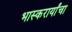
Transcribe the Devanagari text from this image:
भास्करार्यांचा